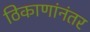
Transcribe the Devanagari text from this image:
ठिकाणांनंतर